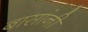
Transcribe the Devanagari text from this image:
बासांनी